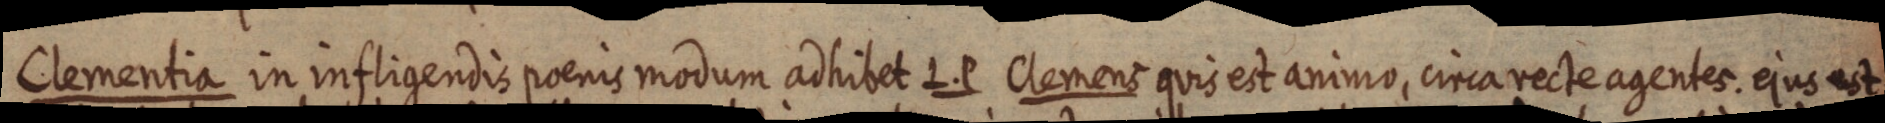
Clementia in infligendis poenis modum adhibet L. P. Clemens quis eit animo, circa recte agentes, ejus est